Annual report on the working of the lock hospitals in the Central Provinces
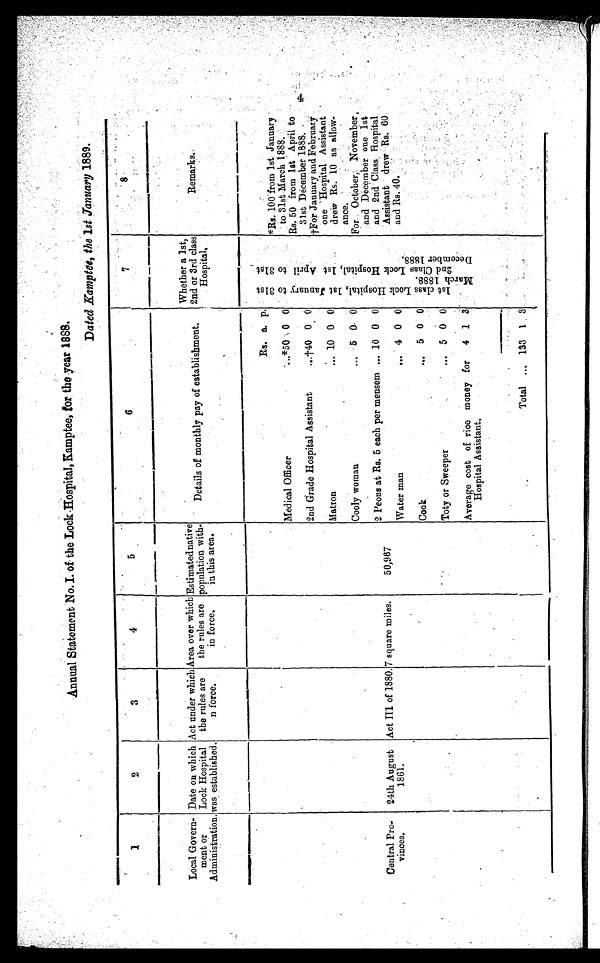
Annual Statement No. I. of the Lock Hospital, Kamptee, for the year 1888.
Dated Kamptee, the 1st January 1889.
1
2
3
4
5
6
7
Local Govern-
ment or
Administration.
Date on which
Lock Hospital
was established.
Act under which
the rules are
n force.
Area over which
the rules are
in force.
Estimated native
population with-
in this area.
Details of monthly pay of establishment.
Whether a 1st,
2nd or 3rd class
Hospital.
Remarks.
Central Pro-
vinces.
24th August
1861.
Act III of 1880. 7 square miles.
50,967
Rs. a. p.
1 s t c l a s s L o c k H o s p i t a l , 1 s t J a n u a r y t o 3 1 s t M a r c h 1 8 8 8 .
2 n d C l a s s L o c k H o s p i t a l , 1 s t A p r i l t o 3 1 s t D e c e m b e r 1 8 8 8 .
Medical Officer
...*50 0 0
*Rs. 100 from 1st January
to 31st March 1888. 4
2nd Grade Hospital Assistant
.. †40 0 0
Rs. 50 from 1st April to
31st December 1888.
Matron
... 10 0 0
†For January and February
one Hospital Assistant
drew Rs. 10 as allow-
ance.
Cooly woman
... 5 0 0
For October, November,
and December one 1st
and 2nd Class Hospital
Assistant drew Rs. 60
and Rs. 40.
2 Peons at Rs. 5 each per mensem ... 10 0 0
Water man
... 4 0 0
Cook
...
5 0 0
Toty or Sweeper
...
5 0 0
Average cost of rice money for
Hospital Assistant.
4 1 3
Total
...
133
1
3